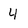
Character: 4